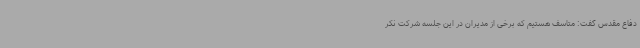
دفاع مقدس گفت: متاسف هستیم که برخی از مدیران در این جلسه شرکت نکر